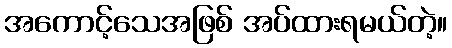
အကောင့်သေအဖြစ် အပ်ထားရမယ်တဲ့။